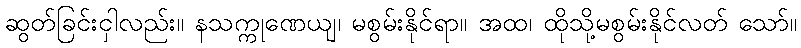
ဆွတ်ခြင်းငှါလည်း။ နသက္ကုဏေယျ၊ မစွမ်းနိုင်ရာ။ အထ၊ ထိုသို့မစွမ်းနိုင်လတ် သော်။